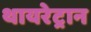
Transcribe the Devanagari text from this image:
थायरेट्रान